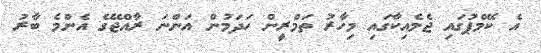
އެ ކޭމްޕުގައި ޖެމެއިކާގައި މިހާރު ތަމްރީން ހަދަމުން އަންނަ ރާއްޖޭގެ އެންމެ ބާރު